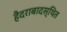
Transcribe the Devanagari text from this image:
हैदराबादस्थित